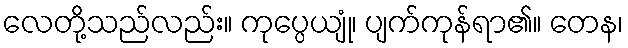
လေတို့သည်လည်း။ ကုပ္ပေယျုံ၊ ပျက်ကုန်ရာ၏။ တေန၊